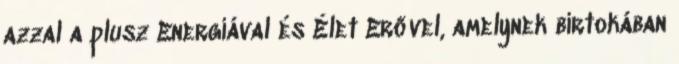
azzal a plusz Energiával és Élet Erővel, amelynek birtokában